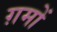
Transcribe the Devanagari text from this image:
ग़मों